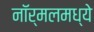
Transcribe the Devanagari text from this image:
नॉर्मलमध्ये